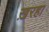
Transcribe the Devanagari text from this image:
ख़रहा